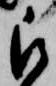
被